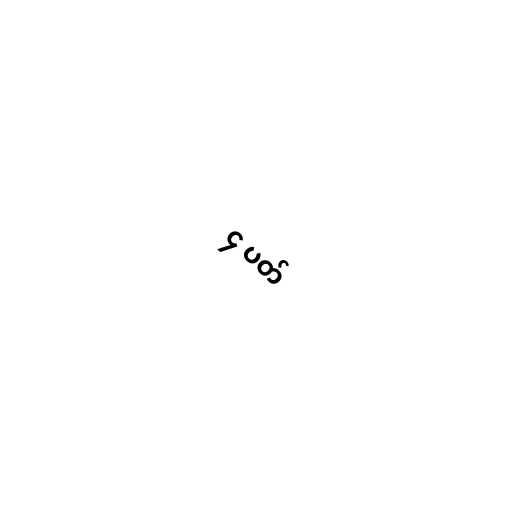
၄ ပတ်